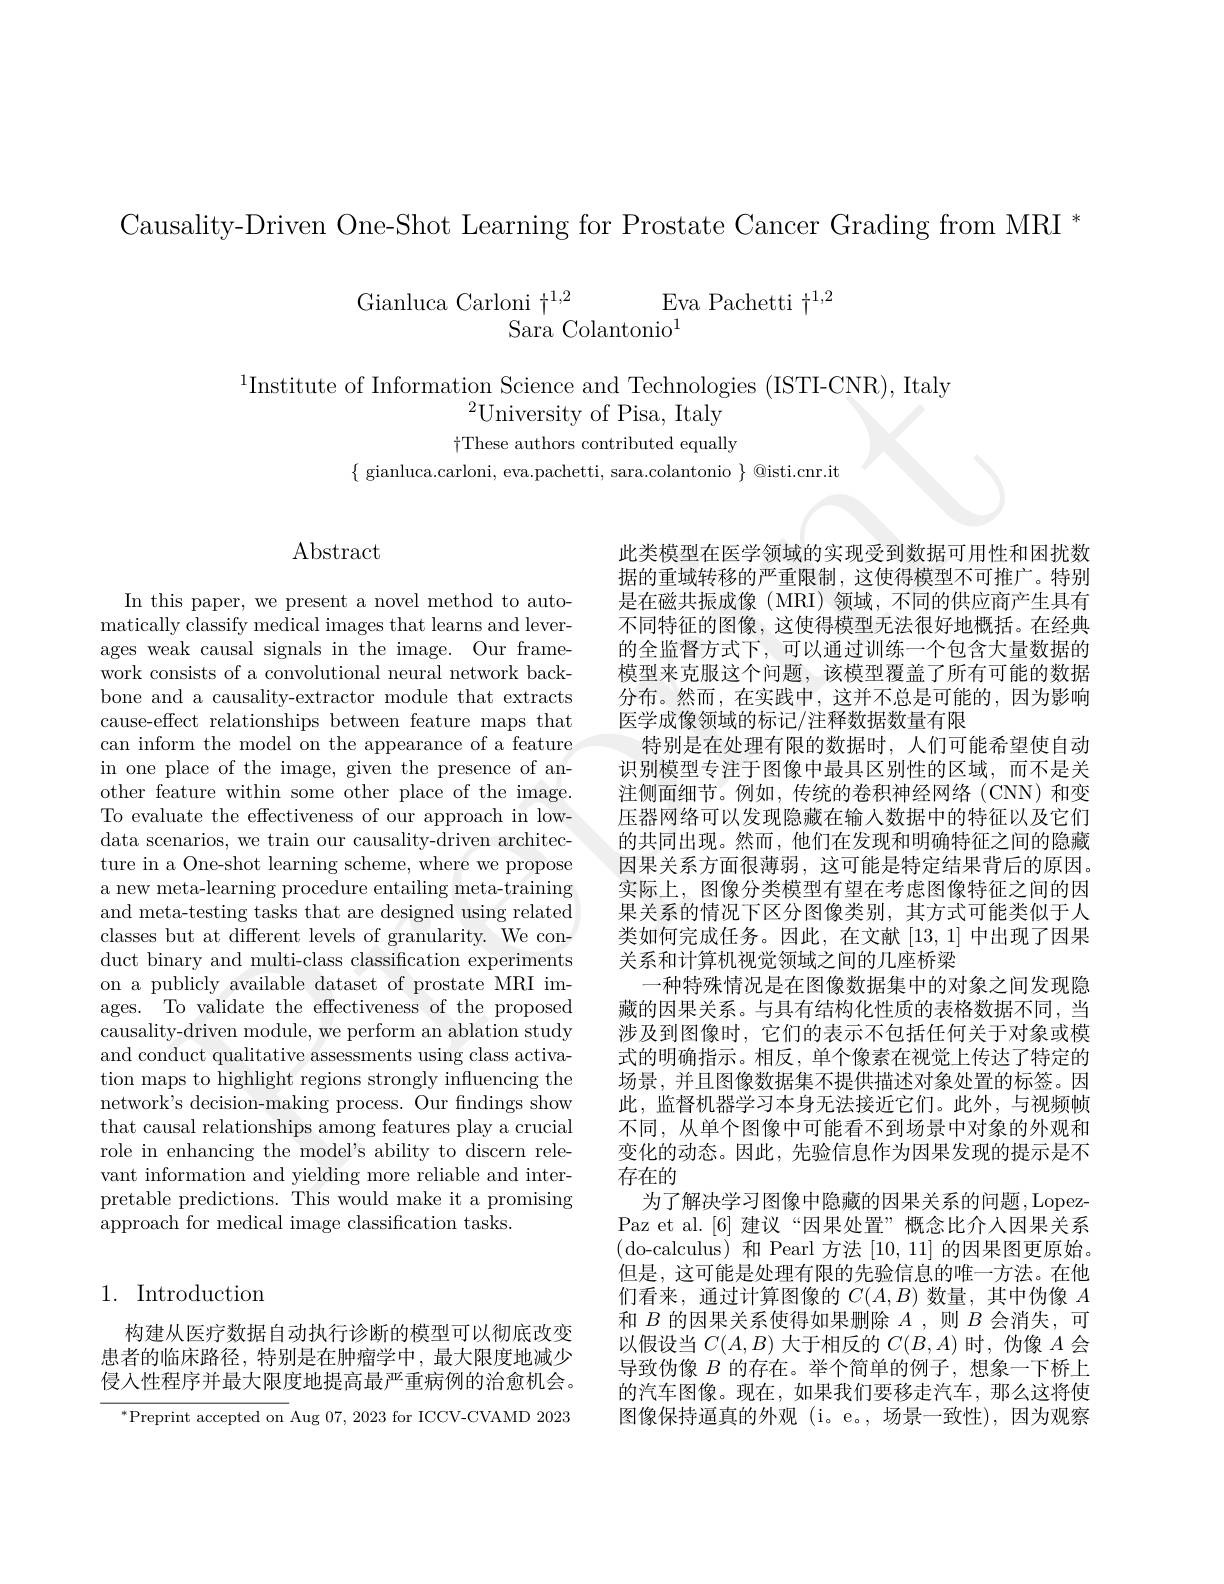
Causality-Driven One-Shot Learning for Prostate Cancer Grading from MRI *

Gianluca Carloni $\dagger^{1,2}$Eva Pachetti $\dagger^1,2$

$^{1}$Institute of Information Science and Technologies (ISTI-CNR), Italy
$^{2}$University of Pisa, Italy $\dagger$These authors contributed equally
$\{$ gianluca.carloni, eva.pachetti, sara.colantonio $\}$ @isti.cnr.it

$\operatorname{Abstract}$

In this paper, we present a novel method to automatically classify medical images that learns and leverages weak causal signals in the image. Our framework consists of a convolutional neural network backbone and a causality-extractor module that extracts cause-effect relationships between feature maps that can inform the model on the appearance of a feature in one place of the image, given the presence of another feature within some other place of the image. To evaluate the effectiveness of our approach in lowdata scenarios, we train our causality-driven architecture in a One-shot learning scheme, where we propose a new meta-learning procedure entailing meta-training and meta-testing tasks that are designed using related classes but at different levels of granularity. We conduct binary and multi-class classification experiments on a publicly available dataset of prostate MRI images. To validate the effectiveness of the proposed causality-driven module, we perform an ablation study and conduct qualitative assessments using class activation maps to highlight regions strongly influencing the network's decision-making process. Our findings show that causal relationships among features play a crucial role in enhancing the model's ability to discern relevant information and yielding more reliable and interpretable predictions. This would make it a promising approach for medical image classification tasks.

## 1. Introduction

构建从医疗数据自动执行诊断的模型可以彻底改变患者的临床路径，特别是在肿瘤学中，最大限度地减少侵入性程序并最大限度地提高最严重病例的治愈机会。

$^*$Preprint accepted on Aug 07,2023 for ICCV-CVAMD 2023

此类模型在医学领域的实现受到数据可用性和困扰数据的重域转移的严重限制，这使得模型不可推广。特别是在磁共振成像(MRI)领域，不同的供应商产生具有不同特征的图像，这使得模型无法很好地概括。在经典的全监督方式下，可以通过训练一个包含大量数据的模型来克服这个问题，该模型覆盖了所有可能的数据分布。然而，在实践中，这并不总是可能的，因为影响医学成像领域的标记/注释数据数量有限
特别是在处理有限的数据时，人们可能希望使自动识别模型专注于图像中最具区别性的区域，而不是关注侧面细节。例如，传统的卷积神经网络(CNN)和变压器网络可以发现隐藏在输入数据中的特征以及它们的共同出现。然而，他们在发现和明确特征之间的隐藏因果关系方面很薄弱，这可能是特定结果背后的原因。实际上，图像分类模型有望在考虑图像特征之间的因果关系的情况下区分图像类别，其方式可能类似于人类如何完成任务。因此，在文献[13,1]中出现了因果关系和计算机视觉领域之间的几座桥梁
一种特殊情况是在图像数据集中的对象之间发现隐藏的因果关系。与具有结构化性质的表格数据不同，当涉及到图像时，它们的表示不包括任何关于对象或模式的明确指示。相反，单个像素在视觉上传达了特定的场景，并且图像数据集不提供描述对象处置的标签。因此，监督机器学习本身无法接近它们。此外，与视频帧不同，从单个图像中可能看不到场景中对象的外观和变化的动态。因此，先验信息作为因果发现的提示是不存在的
为了解决学习图像中隐藏的因果关系的问题，LopezPaz et al.[6] 建议“因果处置”概念比介人因果关系(do-calculus) 和 Pearl 方法[10,11]的因果图更原始。但是，这可能是处理有限的先验信息的唯一方法。在他们看来，通过计算图像的$C(A,B)$数量，其中伪像$A$ 和$B$的因果关系使得如果删除$A$,则$B$会消失，可以假设当$C(A,B)$大于相反的$C(B,A)$时，伪像$A$会导致伪像$B$的存在。举个简单的例子，想象一下桥上的汽车图像。现在，如果我们要移走汽车，那么这将使图像保持逼真的外观 (i。e。,场景一致性),因为观察